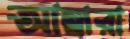
আম্বারা